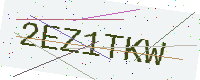
Text: 2EZ1TKW